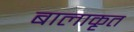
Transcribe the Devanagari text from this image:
बालाकृत